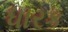
ધારક